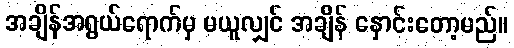
အချိန်အရွယ်ရောက်မှ မယူလျှင် အချိန် နှောင်းတော့မည်။